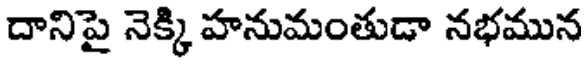
దానిపై నెక్కి హనుమంతుడా నభమున